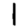
Digit: 1